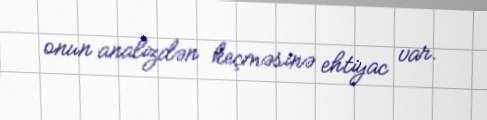
onun analizdən keçməsinə ehtiyac var.